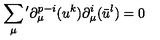
\sum _ { \mu } { } ^ { \prime } \partial _ { \mu } ^ { p - i } ( u ^ { k } ) \partial _ { \mu } ^ { i } ( \bar { u } ^ { l } ) = 0